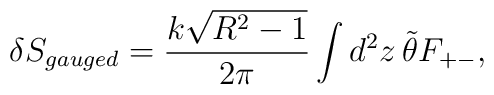
\delta S_{gauged} = \frac{k\sqrt{R^2 -1}}{2\pi} \int d^2 z\,\tilde{\theta} F_{+-} ,